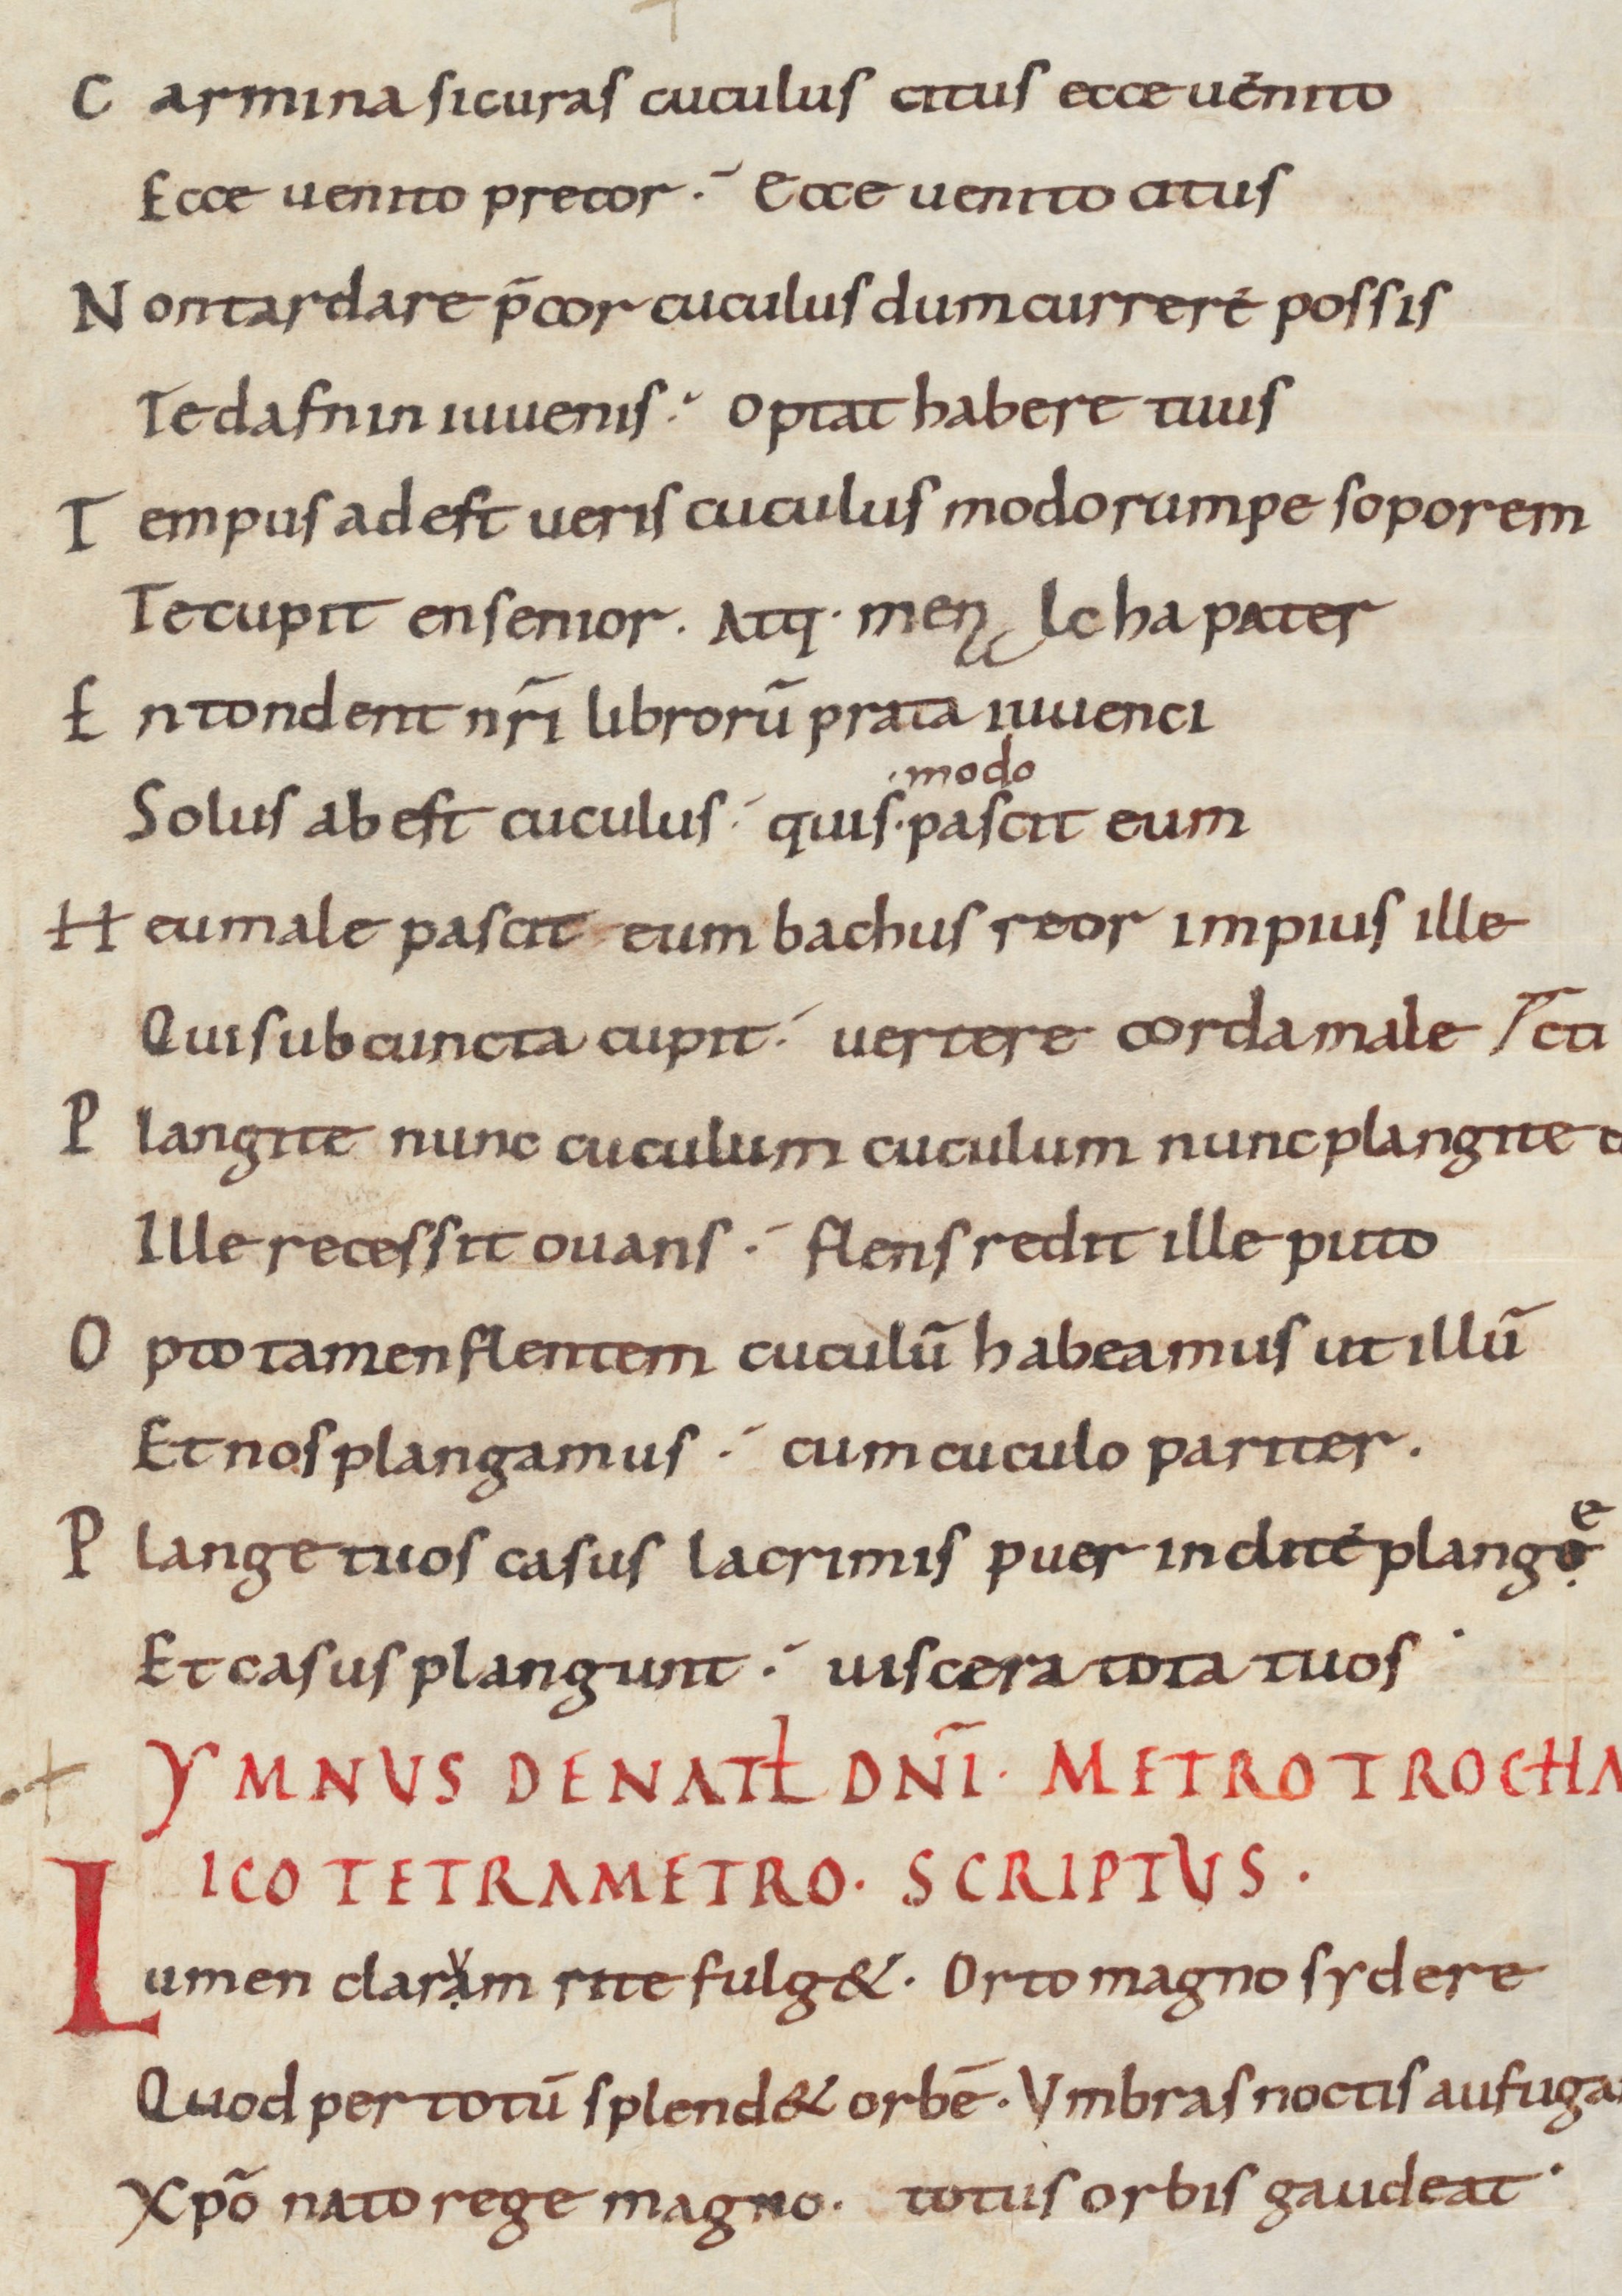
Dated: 900–999